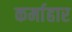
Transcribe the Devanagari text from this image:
कर्माहार